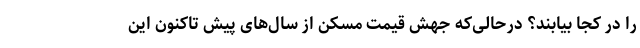
را در کجا بیابند؟ درحالی‌که جهش قیمت مسکن از سال‌های پیش تاکنون این